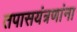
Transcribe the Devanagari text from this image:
तपासयंत्रणांना